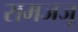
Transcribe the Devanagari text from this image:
समजजू